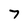
Character: 7